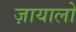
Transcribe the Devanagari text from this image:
ज़ायालो